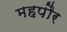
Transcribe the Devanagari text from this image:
महपौर